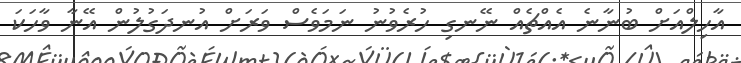
އާހިލްއަށް ބުނާނެ އެއްޗެއް ނޭނގި ހުރެވުނު ނަމަވެސް ވަރަށް އުނދަގުލުން އޭނާ ވާހަކަ